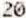
20